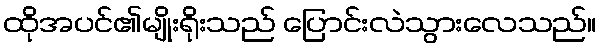
ထိုအပင်၏မျိုးရိုးသည် ပြောင်းလဲသွားလေသည်။